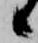
候